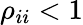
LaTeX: \rho_{ii}<1